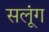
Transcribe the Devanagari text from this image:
सलूंग